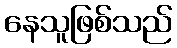
နေသူဖြစ်သည်